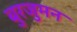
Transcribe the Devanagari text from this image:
बुरजुमन